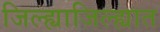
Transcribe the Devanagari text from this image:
जिल्ह्याजिल्ह्यात